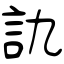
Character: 訅